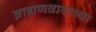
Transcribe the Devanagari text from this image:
ब्राह्मणवादाच्या